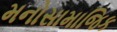
મનોસામાજિક